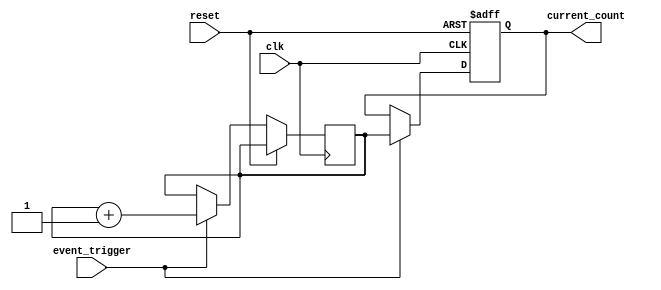
module event_triggered_counter (
    input wire clk,                   // System clock
    input wire reset,                 // Asynchronous reset
    input wire event_trigger,         // Event trigger input
    output wire [7:0] current_count   // Current count output
);

// Memory block to store the current count value
reg [7:0] memory_block [0:255]; // 256 x 8-bit memory
reg [7:0] count_register;        // Register to hold the current count

// Address for the memory block (single address for the counter)
localparam COUNTER_ADDR = 0;

// Asynchronous reset logic
always @(posedge clk or posedge reset) begin
    if (reset) begin
        // Initialize the counter value to zero
        memory_block[COUNTER_ADDR] <= 8'b0;
    end
    else if (event_trigger) begin
        // Read current count from memory block
        count_register <= memory_block[COUNTER_ADDR];

        // Increment the count
        count_register <= count_register + 1;

        // Write updated count back to memory block
        memory_block[COUNTER_ADDR] <= count_register;
    end
end

// Output the current count value
assign current_count = memory_block[COUNTER_ADDR];

endmodule